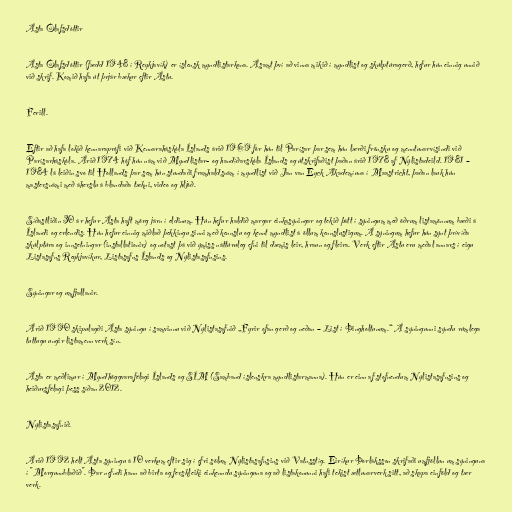
Ásta Ólafsdóttir

Ásta Ólafsdóttir (fædd 1948 í Reykjavík) er íslensk myndlistarkona. Ásamt því að vinna mikið í myndlist og skúlptúragerð, hefur hún einnig unnið
við skrif. Komið hafa út þrjár bækur eftir Ástu.

Ferill.

Eftir að hafa lokið kennaraprófi við Kennaraháskóla Íslands árið 1969 fór hún til Parísar þar sem hún lærði frönsku og menntunarvísindi við
Parísarháskóla. Árið 1974 hóf hún nám við Myndlistar- og handíðarskóla Íslands og útskrifaðist þaðan árið 1978 af Nýlistadeild. 1981 –
1984 lá leiðin svo til Hollands þar sem hún stundaði framhaldsnám í myndlist við Jan van Eyck Akademíuna í Maastricht, þaðan lauk hún
mastersnámi með áherslu á blandaða tækni, video og hljóð.

Síðastliðin 30 ár hefur Ásta haft mörg járn í eldinum. Hún hefur haldið margar einkasýningar og tekið þátt í sýningum með öðrum listamönnum bæði á
Íslandi og erlendis. Hún hefur einnig miðlað þekkingu sinni með kennslu og kennt myndlist á öllum kennslustigum. Á sýningum hefur hún sýnt þrívíða
skúlptúra og innsetningar (installationir) og notast þá við ýmiss náttúruleg efni til dæmis leir, hraun og fleira. Verk eftir Ástu eru meðal annars í eigu
Listasafns Reykjavíkur, Listasafns Íslands og Nýlistasafnsins.

Sýningar og umfjallanir.

Árið 1990 skipulagði Ásta sýningu í samvinnu við Nýlistasafnið „Fyrir ofan gerð og neðan – List í Þingholtunum.“ Á sýningunni sýndu rúmlega
tuttugu ungir listamenn verk sín.

Ásta er meðlimur í Myndhöggvarafélagi Íslands og SÍM (Samband íslenskra myndlistarmanna). Hún er einn af stofnendum Nýlistasafnsins og
heiðursfélagi þess síðan 2012.

Nýlistasafnið.

Árið 1992 hélt Ásta sýningu á 10 verkum eftir sig í efri sölum Nýlistasafnsins við Vatnsstíg. Eiríkur Þorláksson skrifaði umfjöllun um sýninguna
í "Morgunnblaðið". Þar nefndi hann að birta og ferskleiki einkenndu sýninguna og að listakonunni hafi tekist ætlunarverk sitt, að skapa einföld og tær
verk.